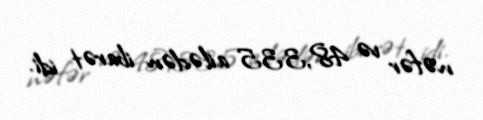
nəfər və 48,335 ailədən ibarət idi.